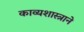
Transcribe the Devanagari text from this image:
काव्यशास्त्राने